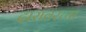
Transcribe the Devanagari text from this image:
दारावरच्या